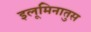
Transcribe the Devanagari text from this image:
इलूमिनातुस